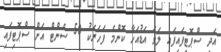
އަދި ސްޕޮޓިފައިފައި ލަވަ އަޑުއަހާ ކޮންމެ ފަހަރަކު 50 ސެންޓް އަށް ސްޕޮޓިފައި